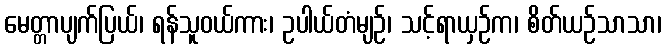
မေတ္တာပျက်ပြယ်၊ ရန်သူဝယ်ကား၊ ဥပါယ်တံမျဉ်၊ သင့်ရာယှဉ်က၊ စိတ်ယဉ်သာသာ၊